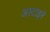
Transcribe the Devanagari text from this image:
अस्टाइरे